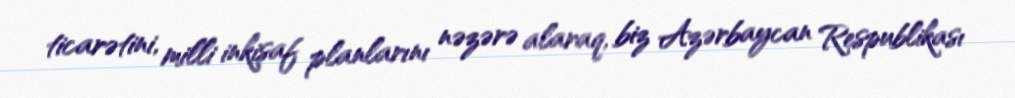
ticarətini, milli inkişaf planlarını nəzərə alaraq, biz Azərbaycan Respublikası